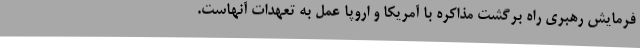
فرمایش رهبری راه برگشت مذاکره با آمریکا و اروپا عمل به تعهدات آنهاست.